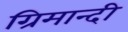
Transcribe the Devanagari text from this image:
ग्रिमान्दी